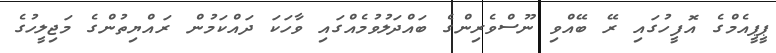
ޕީޕީއެމްގެ އޮފީހުގައި ރޭ ބޭއްވި ނޫސްވެރިންގެ ބައްދަލުވުމެއްގައި ވާހަކަ ދައްކަމުން ރައްޔިތުންގެ މަޖިލީހުގެ